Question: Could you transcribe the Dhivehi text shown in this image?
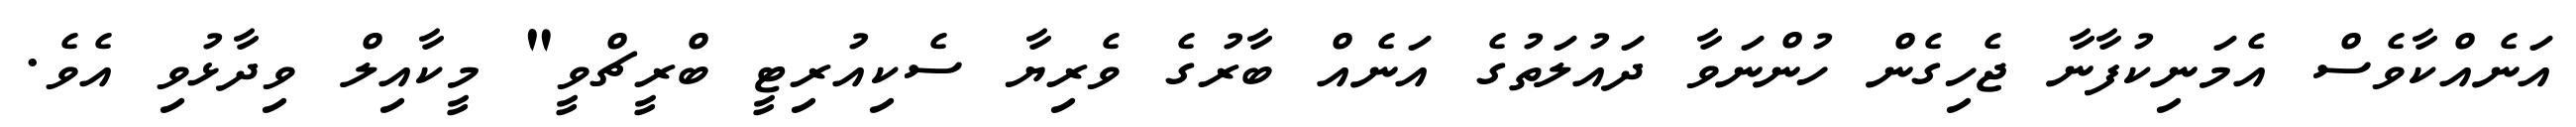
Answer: އަނެއްކާވެސް އެމަނިކުފާނާ ޖެހިގެން ހުންނަވާ ދައުލަތުގެ އަނެއް ބާރުގެ ވެރިޔާ ސެކިއުރިޓީ ބްރީޗްވީ" މީކާއިލް ވިދާޅުވި އެވެ.